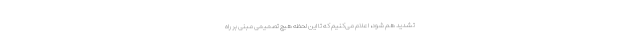
تشدید هم شود، اعلام می‌کنیم که تا این لحظه هیچ تصمیمی مبنی بر راه